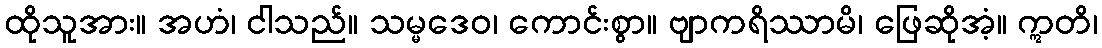
ထိုသူအား။ အဟံ၊ ငါသည်။ သမ္မဒေဝ၊ ကောင်းစွာ။ ဗျာကရိဿာမိ၊ ဖြေဆိုအံ့။ ဣတိ၊